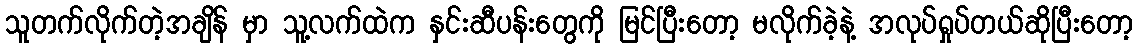
သူတက်လိုက်တဲ့အချိန် မှာ သူ့လက်ထဲက နှင်းဆီပန်းတွေကို မြင်ပြီးတော့ မလိုက်ခဲ့နဲ့ အလုပ်ရှုပ်တယ်ဆိုပြီးတော့